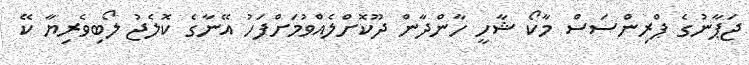
ޖަޕާނުގެ ޕްރިންސަސް މާކޯ ޝާހީ ހާންދާން ދޫކޮށްލެއްވުމަށްފަހު އޭނާގެ ކޮލެޖު ލޯބިވެރިޔާ ކޭ